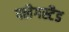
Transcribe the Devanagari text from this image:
फ्लैगस्टैड